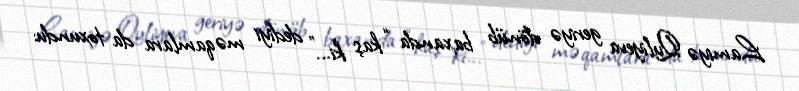
Lamiyə Quliyeva geriyə dönüb baxanda “kaş ki...” dediyi məqamlara da toxundu: